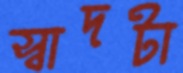
স্বাদটা